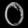
Digit: ၀